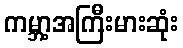
ကမ္ဘာ့အကြီးမားဆုံး